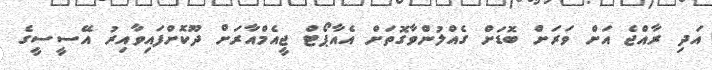
އަދި ރާއްޖެ އަށް ވަރަށް ބޮޑަށް ގެއްލުންވާގޮތަށް އެއާޕޯޓް ޖީއެމްއާރަށް ދޫކޮށްފައިވާއިރު އޭސީސީގެ